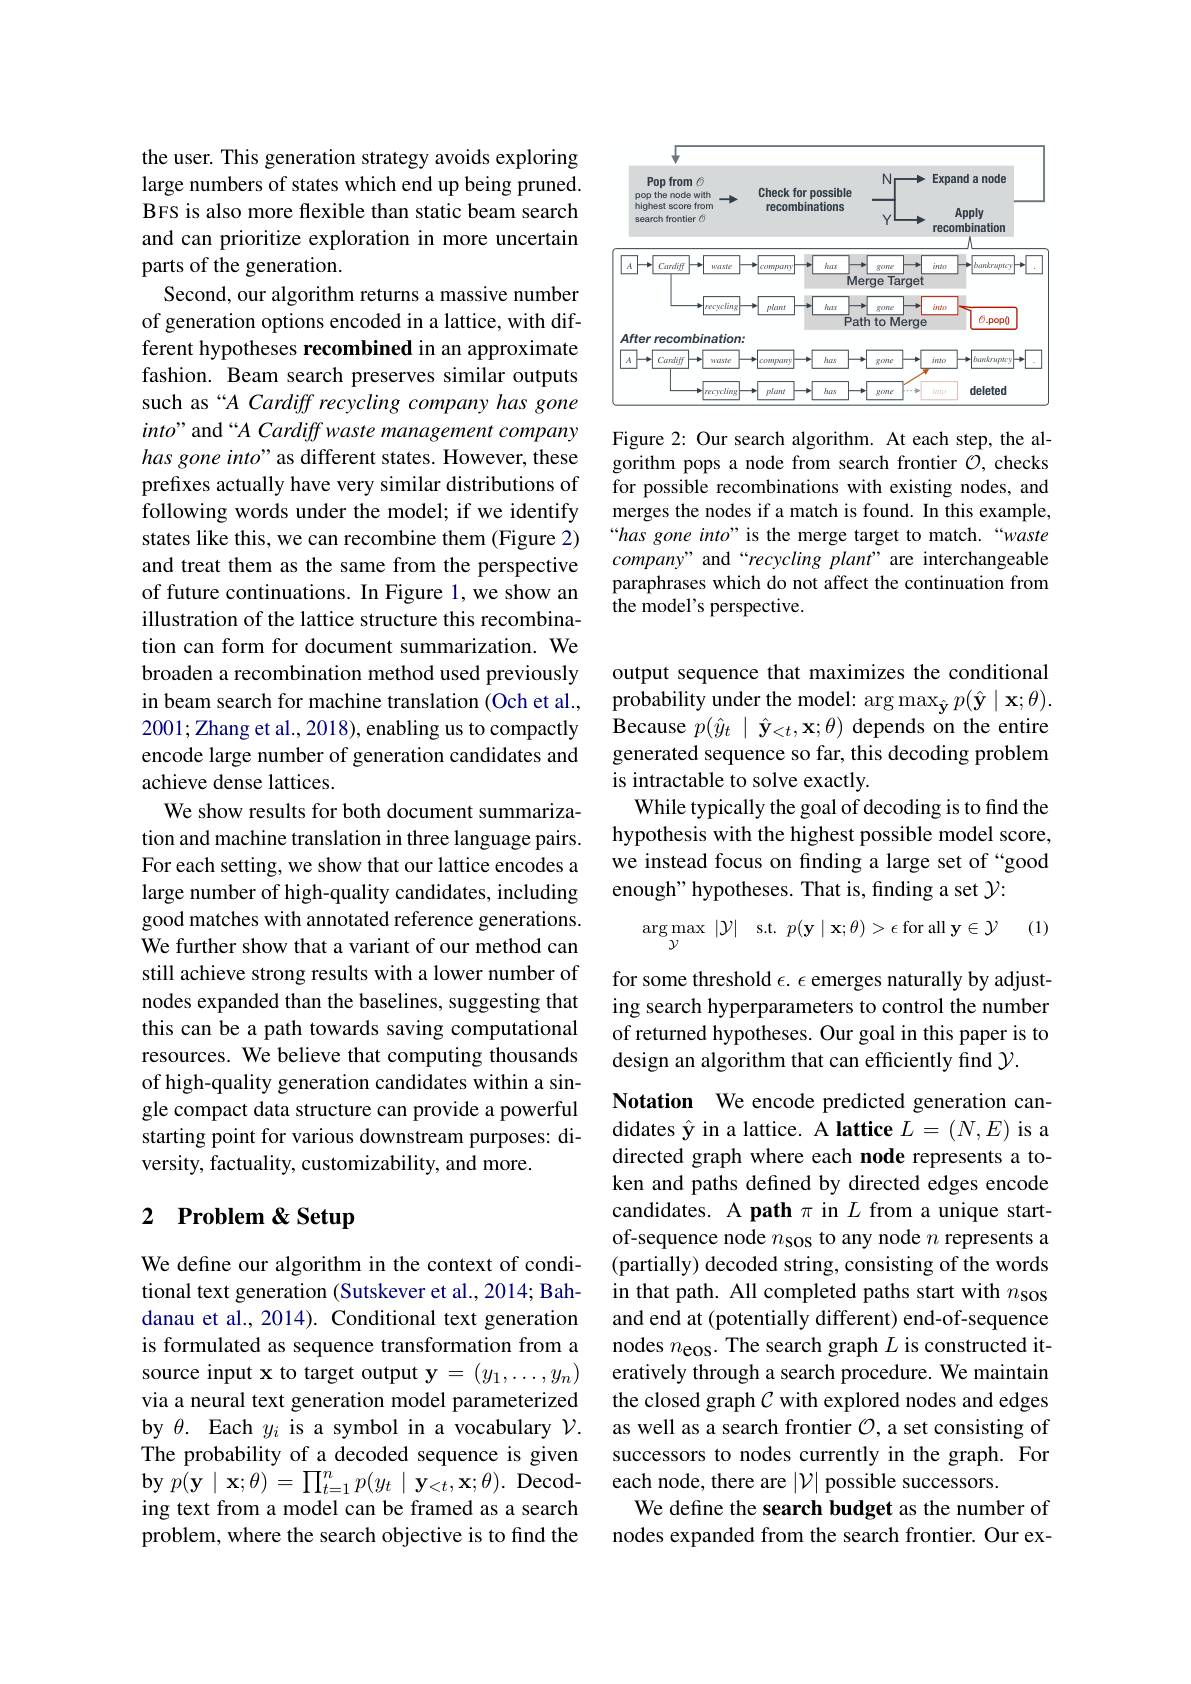
the user. This generation strategy avoids exploring large numbers of states which end up being pruned. BFS is also more flexible than static beam search and can prioritize exploration in more uncertain parts of the generation.
Second, our algorithm returns a massive number of generation options encoded in a lattice, with different hypotheses recombined in an approximate fashion. Beam search preserves similar outputs such as “A Cardiff recycling company has gone into" and “A Cardiff waste management company has gone into" as different states. However, these prefixes actually have very similar distributions of following words under the model; if we identify states like this, we can recombine them (Figure 2) and treat them as the same from the perspective of future continuations. In Figure 1,we show an illustration of the lattice structure this recombination can form for document summarization. We broaden a recombination method used previously in beam search for machine translation (Och et al., 2001;Zhang et al., 2018), enabling us to compactly encode large number of generation candidates and achieve dense lattices.
We show results for both document summarization and machine translation in three language pairs. For each setting, we show that our lattice encodes a large number of high-quality candidates, including good matches with annotated reference generations. We further show that a variant of our method can still achieve strong results with a lower number of nodes expanded than the baselines, suggesting that this can be a path towards saving computational resources. We believe that computing thousands of high-quality generation candidates within a single compact data structure can provide a powerful starting point for various downstream purposes: diversity, factuality, customizability, and more.

# 2 Problem & Setup

We define our algorithm in the context of conditional text generation (Sutskever et al., 2014; Bahdanau et al., 2014). Conditional text generation is formulated as sequence transformation from a source input x to target output y $=(y_1,\ldots,y_n)$ via a neural text generation model parameterized by $\theta.$ Each $y_i$ is a symbol in a vocabulary $\mathcal{V}.$ The probability of a decoded sequence is given $\mathbf{by~}p(\mathbf{y~}\mid\mathbf{x};\theta)=\prod_{t=1}^{n}p(y_{t}\mid\mathbf{y}_{<t},\mathbf{x};\theta).$Decoding text from a model can be framed as a search problem, where the search objective is to find the

<FigureHere>

Figure 2: Our search algorithm. At each step, the algorithm pops a node from search frontier $\mathcal{O}$, checks for possible recombinations with existing nodes, and merges the nodes if a match is found. In this example, “has gone into" is the merge target to match.“waste company" and“recycling plant” are interchangeable paraphrases which do not affect the continuation from the model's perspective.

output sequence that maximizes the conditional probability under the model: arg $\max_{\hat{\mathbf{y}}}p(\hat{\mathbf{y}}\mid\mathbf{x};\theta).$ Because $p(\hat{y}_{t}\mid\hat{\mathbf{y}}_{<t},\mathbf{x};\theta)$ depends on the entire generated sequence so far, this decoding problem is intractable to solve exactly.
While typically the goal of decoding is to find the hypothesis with the highest possible model score, we instead focus on finding a large set of “good enough" hypotheses. That is, finding a set $\mathcal{Y}:$

(1)
$$\arg\max_{\mathcal{Y}}\:|\mathcal{Y}|\quad\mathrm{s.t.}\:p(\mathbf{y}\mid\mathbf{x};\theta)>\epsilon\:\mathrm{for}\:\mathrm{all}\:\mathbf{y}\in\mathcal{Y}$$
for some threshold $\epsilon.\epsilon$ emerges naturally by adjusting search hyperparameters to control the number of returned hypotheses. Our goal in this paper is to design an algorithm that can efficiently find $\mathcal{Y}.$

Notation We encode predicted generation candidates $\hat{\mathbf{y}}$ in a lattice. A lattice $L=(N,E)$ is a directed graph where each node represents a token and paths defined by directed edges encode candidates. A path $\pi$ in $L$ from a unique startof-sequence node $n_\mathrm{sos}$ to any node $n$ represents a (partially) decoded string, consisting of the words in that path. All completed paths start with $n_{\mathrm{sos}}$ and end at (potentially different) end-of-sequence nodes $n_\mathrm{eos}.$ The search graph $L$ is constructed iteratively through a search procedure. We maintain the closed graph $\mathcal{C}$ with explored nodes and edges as well as a search frontier $\mathcal{O}$, a set consisting of successors to nodes currently in the graph. For each node, there are $|\mathcal{V}|$ possible successors.
We define the search budget as the number of nodes expanded from the search frontier. Our ex-